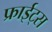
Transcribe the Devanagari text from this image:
फ्राईट्स